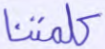
كلمتنا